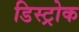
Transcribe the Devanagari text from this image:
डिस्ट्रोक